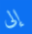
إلى